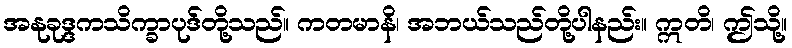
အနုခုဒ္ဒကသိက္ခာပုဒ်တို့သည်။ ကတမာနိ၊ အဘယ်သည်တို့ပါနည်း။ ဣတိ၊ ဤသို့။